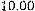
10.00